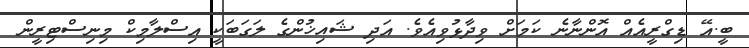
ބީ.އޭ ޑިގްރީއެއް އޮންނާނެ ކަމަށް ވިދާޅުވިއެވެ. އަދި ޝައިޚުންގެ ލަގަބަކީ އިސްލާމިކް މިނިސްޓިރީން